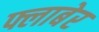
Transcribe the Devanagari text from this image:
फ्लाबेर